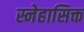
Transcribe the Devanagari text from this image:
स्नेहासिक्त